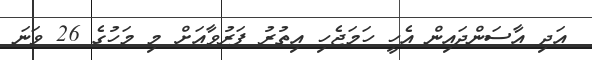
އަދި އާސަންދައިން އެހީ ހަމަޖެހި އިތުރު ފަރުވާއަށް މި މަހުގެ 26 ވަނަ